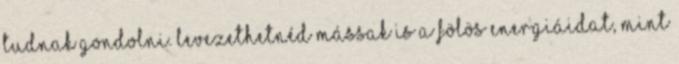
tudnak gondolni. Levezethetnéd mássak is a fölös energiáidat, mint